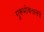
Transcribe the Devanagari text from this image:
गुरूभोवतालचे